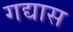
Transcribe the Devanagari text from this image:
गद्यास